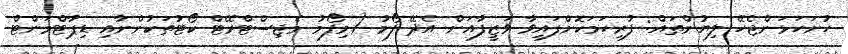
ހުށަހަޅަންޖެހޭ ލިޔުންތައް: ފުރިހަމަކޮށްފައިވާ ވަޒީފާއަށް އެދޭ ފޯމު (މިފޯމު މެޖިސްޓްރޭޓް ކޯޓުތަކުންނާއި ޑިޕާޓްމަންޓް